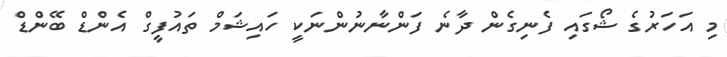
މި އަހަރުގެ ޝޯގައި ފެނިގެން ދާނެ ފަންނާނުންނަކީ ހައިޝަމް ތައުފީގް އެންޑް ބޭންޑް